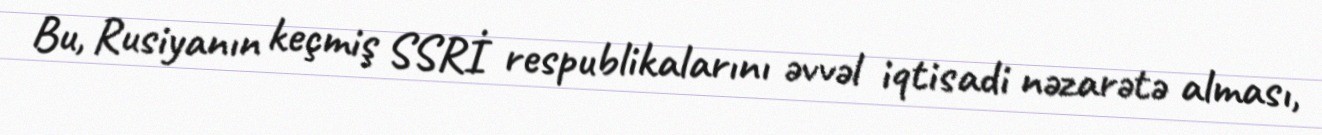
Bu, Rusiyanın keçmiş SSRİ respublikalarını əvvəl iqtisadi nəzarətə alması,